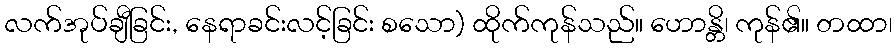
လက်အုပ်ချီခြင်း, နေရာခင်းလင့်ခြင်း စသော) ထိုက်ကုန်သည်။ ဟောန္တိ၊ ကုန်၏။ တထာ၊